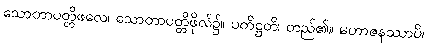
သောတာပတ္တိဖလေ၊ သောတာပတ္တိဖိုလ်၌။ ပတိဋ္ဌတိ၊ တည်၏။ မဟာဇနဿာပိ၊